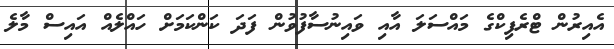
އެއިރުން ޓްރެފިކްގެ މައްސަލަ އާއި ވައިނުސާފުވުން ފަދަ ކަންކަމަށް ހައްލެއް އައިސް މާލެ